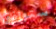
ستوافق